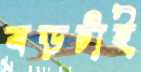
বড়টাই